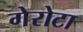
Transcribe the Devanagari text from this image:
गेरोटा